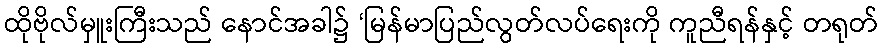
ထိုဗိုလ်မှူးကြီးသည် နောင်အခါ၌ ‘မြန်မာပြည်လွတ်လပ်ရေးကို ကူညီရန်နှင့် တရုတ်